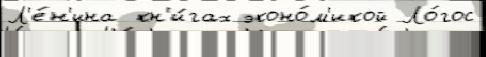
Л'е́н'ина кн'и́гах эконо́м'икой Ло́гос